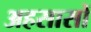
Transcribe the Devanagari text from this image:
अहसासों